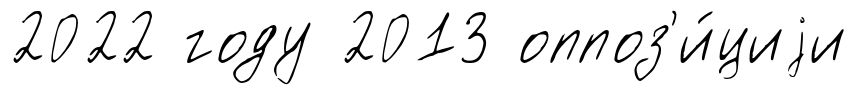
2022 году 2013 оппоз'и́циjи